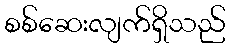
စစ်ဆေးလျက်ရှိသည်